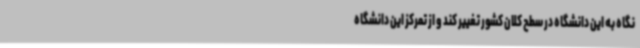
نگاه به این دانشگاه در سطح کلان کشور تغییر کند و از تمرکز این دانشگاه